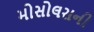
મોસોલસની